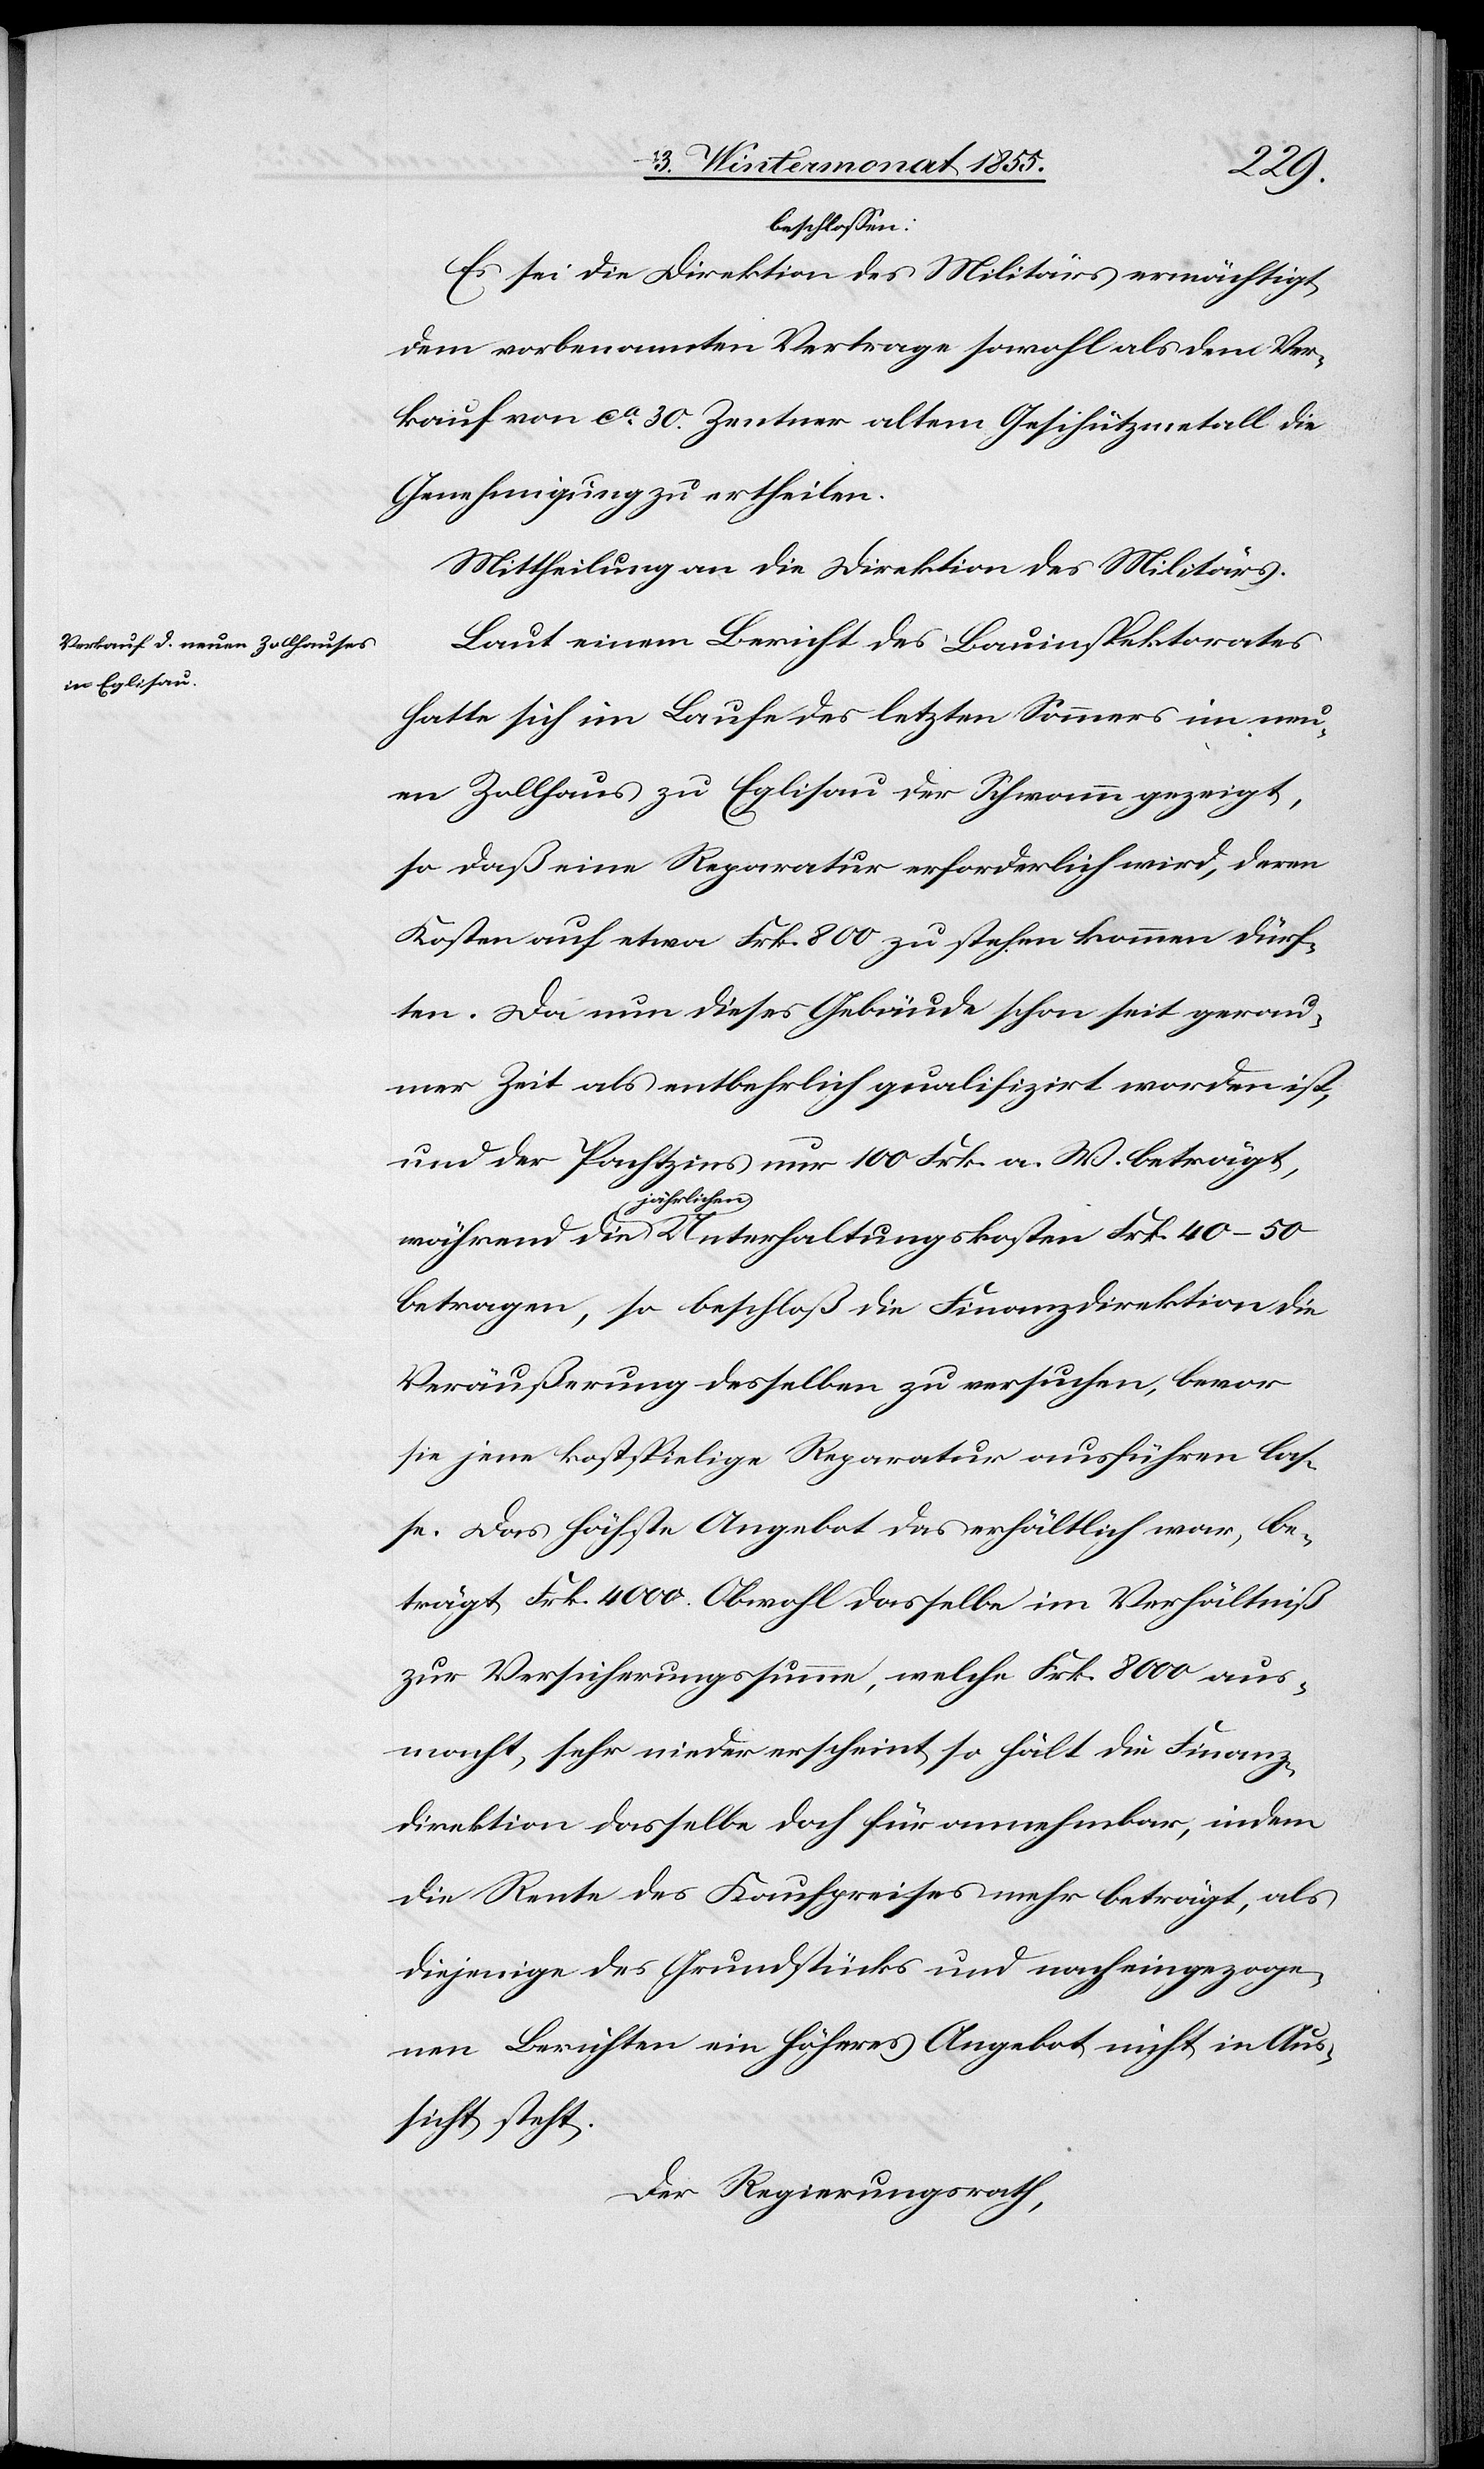
beschlossen:
Es sei die Direktion des Militärs ermächtigt
dem vorbenannten Vertrage sowohl als dem Ver¬
kauf von ca. 30. Zentner altem Geschützmetall die
Genehmigung zu ertheilen.
Mittheilung an die Direktion des Militärs.
Laut einem Bericht des Bauinspektorates
hatte sich im Laufe des letzten Sommers im neu¬
en Zollhaus zu Eglisau der Schwamm gezeigt,
so daß eine Reparatur erforderlich wird, deren
Kosten auf etwa Frk. 800 zu stehen kommen dürf¬
ten. Da nun dieses Gebäude schon seit gera¬
umer Zeit als entbehrlich qualifizirt worden ist;
und der Pachtzins nur 100 Frk. a. W. beträgt,
jährlichen
betragen, so beschloß die Finanzdirektion die
Veräußerung desselben zu versuchen, bevor
sie jene kostspielige Reparatur ausführen las¬
se. Das höchste Angebot das erhältlich war, be¬
trägt Frk. 4000. Obwohl dasselbe im Verhältniß
zur Versicherungssumme, welche Frk. 8000 aus¬
macht, sehr nieder erscheint, so hält die Finanz¬
direktion dasselbe doch für annehmbar, indem
die Rente des Kaufpreises mehr beträgt, als
diejenige des Grundstücks und nach eingezoge¬
nen Berichten ein höheres Angebot nicht in Aus¬
sicht steht.
Der Regierungsrath,